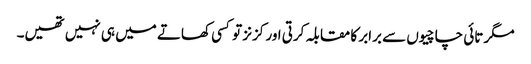
مگر تائی چاچیوں سے برابر کا مقابلہ کرتی اور کزنز تو کسی کھاتے میں ہی نہیں تھیں۔